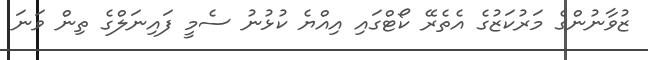
ޒުވާނުންގެ މަރުކަޒުގެ އެތެރޭ ކޯޓްގައި އިއްޔެ ކުޅުނު ސެމީ ފައިނަލްގެ ތިން ވަނަ